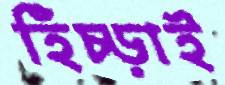
হিঁচ্‌ড়াই